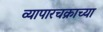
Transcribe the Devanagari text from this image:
व्यापारचक्राच्या